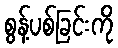
စွန့်ပစ်ခြင်းကို